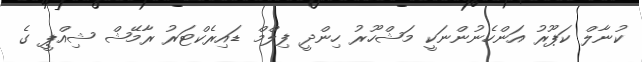
ކުނާލް ކަޕޫރު އަންހެނުންނަކީ މަޝްހޫރު ހިންދީ ފިލްމް ޑައިރެކްޓަރު ރާމޭޝް ޝިއްޕީ ގެ